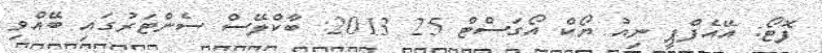
ފޮޓޯ: އޭއެފްޕީ ނިއު ޔޯކް އޯގަސްޓް 25 2013: ބާކްލޭސް ސެންޓަރުގައި ބޭއްވި